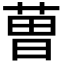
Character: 𮏥